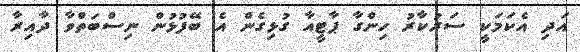
އަދި އެކަމަކީ ސަރުކާރު ހިންގާ ޕާޓީއާ ގުޅިގެން އެ ބޭފުޅުން ނިސްބަތްވާ ދާއިރާ